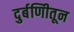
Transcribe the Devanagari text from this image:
दुर्बणिीतून